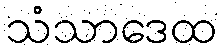
သံသာဒေထ